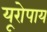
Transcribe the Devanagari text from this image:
यूरोपाय